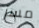
مسز